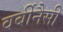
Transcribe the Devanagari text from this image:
वर्बीनैसी